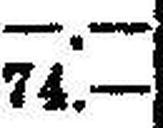
74.—